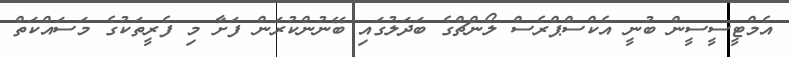
އެމްޓީސީސީން ބުނީ އެކްސްޕްރެސް ލޯންޗްގެ ބަދަލުގައި ބޭނުންކުރަން ފަށާ މި ފެރީތަކުގެ މަސައްކަތް